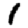
Digit: 1